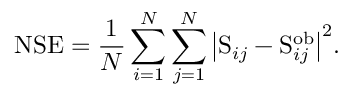
\mathrm { N S E } = \frac { 1 } { N } \sum _ { i = 1 } ^ { N } \sum _ { j = 1 } ^ { N } { \left| \mathrm { S } _ { i j } - \mathrm { S } _ { i j } ^ { \mathrm { o b } } \right| } ^ { 2 } .